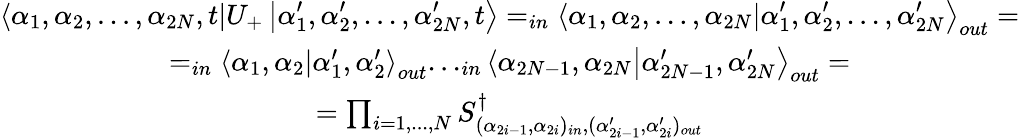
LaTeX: \begin{array}{c}{{\displaystyle\left\langle\alpha_{1},\alpha_{2},...,\alpha_{2N},t\right|U_{+}\left|\alpha_{1}^{\prime},\alpha_{2}^{\prime},...,\alpha_{2N}^{\prime},t\right\rangle=_{in}\left\langle\alpha_{1},\alpha_{2},...,\alpha_{2N}\right|\left.\alpha_{1}^{\prime},\alpha_{2}^{\prime},...,\alpha_{2N}^{\prime}\right\rangle_{out}=}}\\ {{=_{in}\left\langle\alpha_{1},\alpha_{2}\right.\left|\alpha_{1}^{\prime},\alpha_{2}^{\prime}\right\rangle_{out}..._{in}\left\langle\alpha_{2N-1},\alpha_{2N}\right.\left|\alpha_{2N-1}^{\prime},\alpha_{2N}^{\prime}\right\rangle_{out}=}}\\ {{=\prod_{i=1,...,N}S_{(\alpha_{2i-1},\alpha_{2i})_{in},(\alpha_{2i-1}^{\prime},\alpha_{2i}^{\prime})_{out}}^{\dagger}}}\end{array}